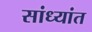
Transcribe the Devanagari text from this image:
सांध्यांत